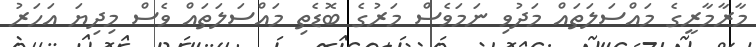
މާރާމާރީގެ މައްސަލަތައް މަދުވި ނަމަވެސް މަރުގެ ބޮޑެތި މައްސަލަތައް ވެސް މިދިޔަ އަހަރު